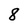
Character: 8